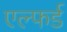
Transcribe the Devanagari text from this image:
एल्फर्ड